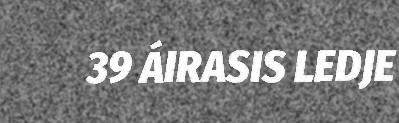
39 ÁIRASIS LEDJE